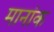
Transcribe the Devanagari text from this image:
मानांक